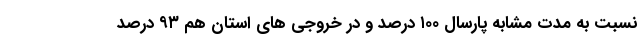
نسبت به مدت مشابه پارسال ۱۰۰ درصد و در خروجی های استان هم ٩٣ درصد